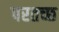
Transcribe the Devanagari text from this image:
परतच्‍छ